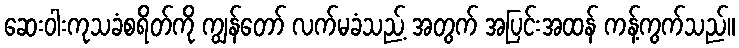
ဆေးဝါးကုသခံစရိတ်ကို ကျွန်တော် လက်မခံသည့် အတွက် အပြင်းအထန် ကန့်ကွက်သည်။